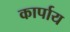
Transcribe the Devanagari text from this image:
कार्पाय